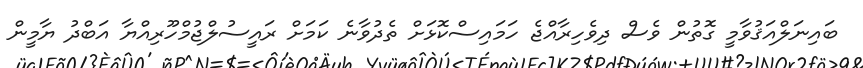
ބައިނަލްއަޤުވާމީ ގޮތުން ވެސް ދިވެހިރާއްޖެ ހަމައިސްކޮޅަށް ތެދުވާނެ ކަމަށް ރައީސުލްޖުމްހޫރިއްޔާ އަބްދު ޔާމީން